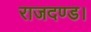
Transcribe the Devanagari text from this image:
राजदण्ड।